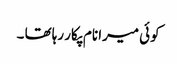
کوئی میرا نام پکار رہا تھا ۔